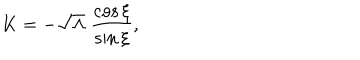
LaTeX: K = - \sqrt { \Lambda } \; \frac { \cos \xi } { \sin \xi } ,